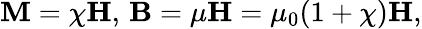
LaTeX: \mathbf{M}=\chi\mathbf{H},\, \mathbf{B}=\mu\mathbf{H}=\mu_{0}(1+\chi)\mathbf{H},